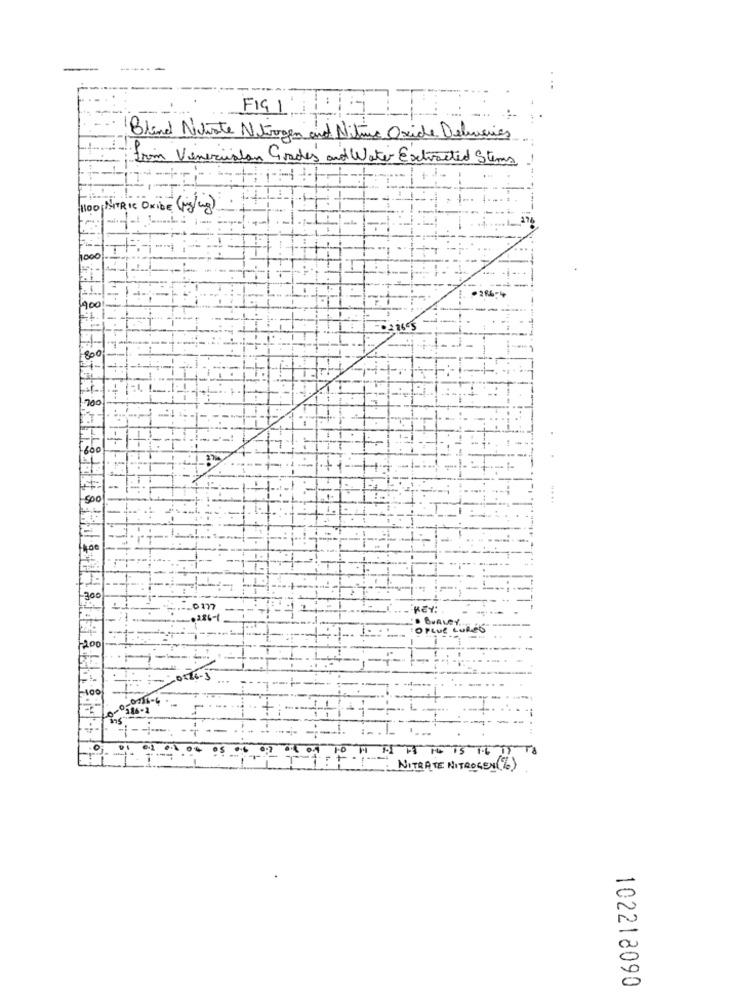
F191:
Bland Nictwate Nitrogen and Nitric Oxide Deliveries
from Venezuelan Grades and Water Extracted Stems
1100 NITRIC OXIDE (mg/ung)
000
400
21605
800
700
600
500
300
0 177
KEY:
BURLey.
OPLuf Luk
1200
100
-116-2
0
NITRATE NITROGEN(%)
102218090